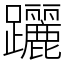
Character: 躧